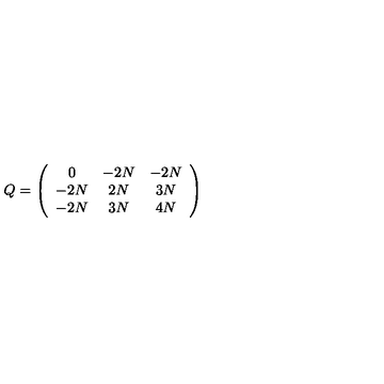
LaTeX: Q = \left( \begin{array} { c c c } { 0 } & { - 2 N } & { - 2 N } \\ { - 2 N } & { 2 N } & { 3 N } \\ { - 2 N } & { 3 N } & { 4 N } \\ \end{array} \right)